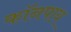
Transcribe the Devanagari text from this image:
कॉनपाय